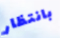
بانتظار